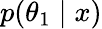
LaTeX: p(\theta_{1}\mid x)